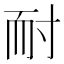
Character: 耐